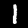
Digit: 1